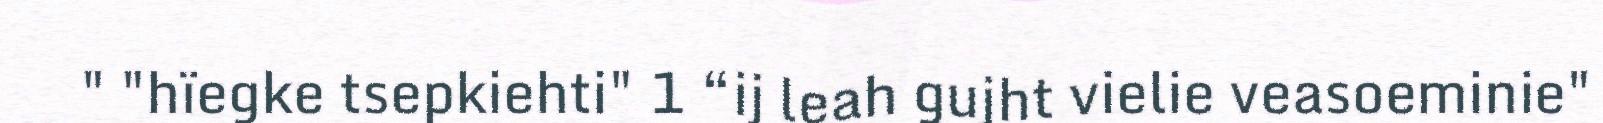
" "hïegke tsepkiehti" 1 “ij leah gujht vielie veasoeminie"